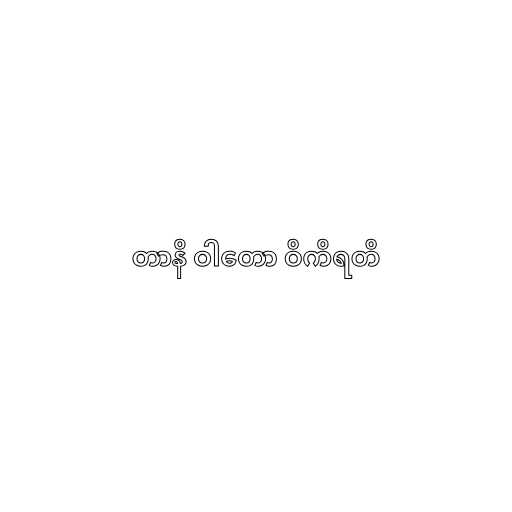
တာနိ ဝါတော ဝိကိရတိ